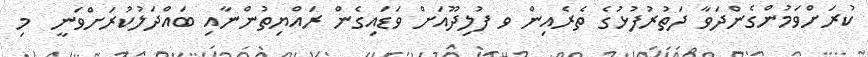
ކުރަށްވަމުންގެންދަވާ ދަތުރުފުޅުގެ ތެރެއިން ވ ފުލިދޫއަށް ވަޑައިގެން ރައްޔިތުންނާއި ބައްދަލުކުރަށްވަނީ  މި